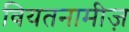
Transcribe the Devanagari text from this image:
वियतनामीज़